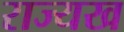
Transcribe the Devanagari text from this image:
राज्यख